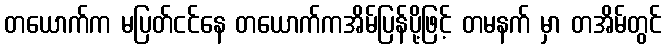
တယောက်က မပြတ်ငင်နေ တယောက်ကအိမ်ပြန်ပို့ဖြင့် တမနက် မှာ တအိမ်တွင်